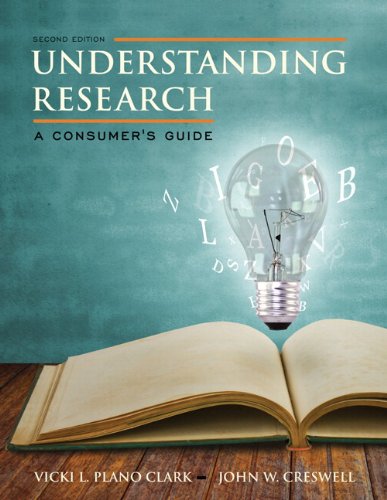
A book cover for Understanding Research: A Consumer's Guide, Enhanced Pearson eText with Loose-Leaf Version -- Access Card Package (2nd Edition); Vicki L. Plano Clark; Politics & Social Sciences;